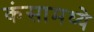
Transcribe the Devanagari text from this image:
कंसामध्ये